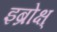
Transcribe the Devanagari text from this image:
इब्रोक्ष्